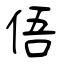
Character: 俉